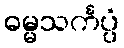
ဓမ္မသင်္ကပ္ပံ